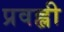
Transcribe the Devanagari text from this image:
प्रवह्ली